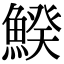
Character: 𩹍